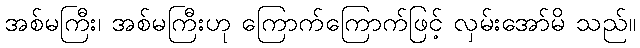
အစ်မကြီး၊ အစ်မကြီးဟု ကြောက်ကြောက်ဖြင့် လှမ်းအော်မိ သည်။